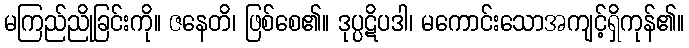
မကြည်ညိုခြင်းကို။ ဇနေတိ၊ ဖြစ်စေ၏။ ဒုပ္ပဋိပဒါ၊ မကောင်းသောအကျင့်ရှိကုန်၏။